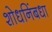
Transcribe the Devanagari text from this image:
शोधनिंबधा